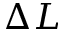
\Delta L